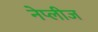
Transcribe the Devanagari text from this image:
नेप्लीज